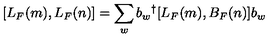
[ L _ { F } ( m ) , L _ { F } ( n ) ] = \sum _ { w } b _ { w } { } ^ { \dag } [ L _ { F } ( m ) , B _ { F } ( n ) ] b _ { w }